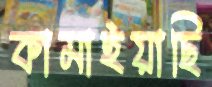
কামাইয়াছি